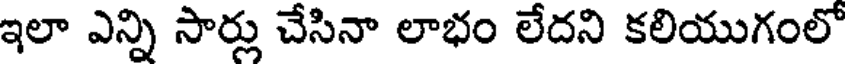
ఇలా ఎన్ని సార్లు చేసినా లాభం లేదని కలియుగంలో